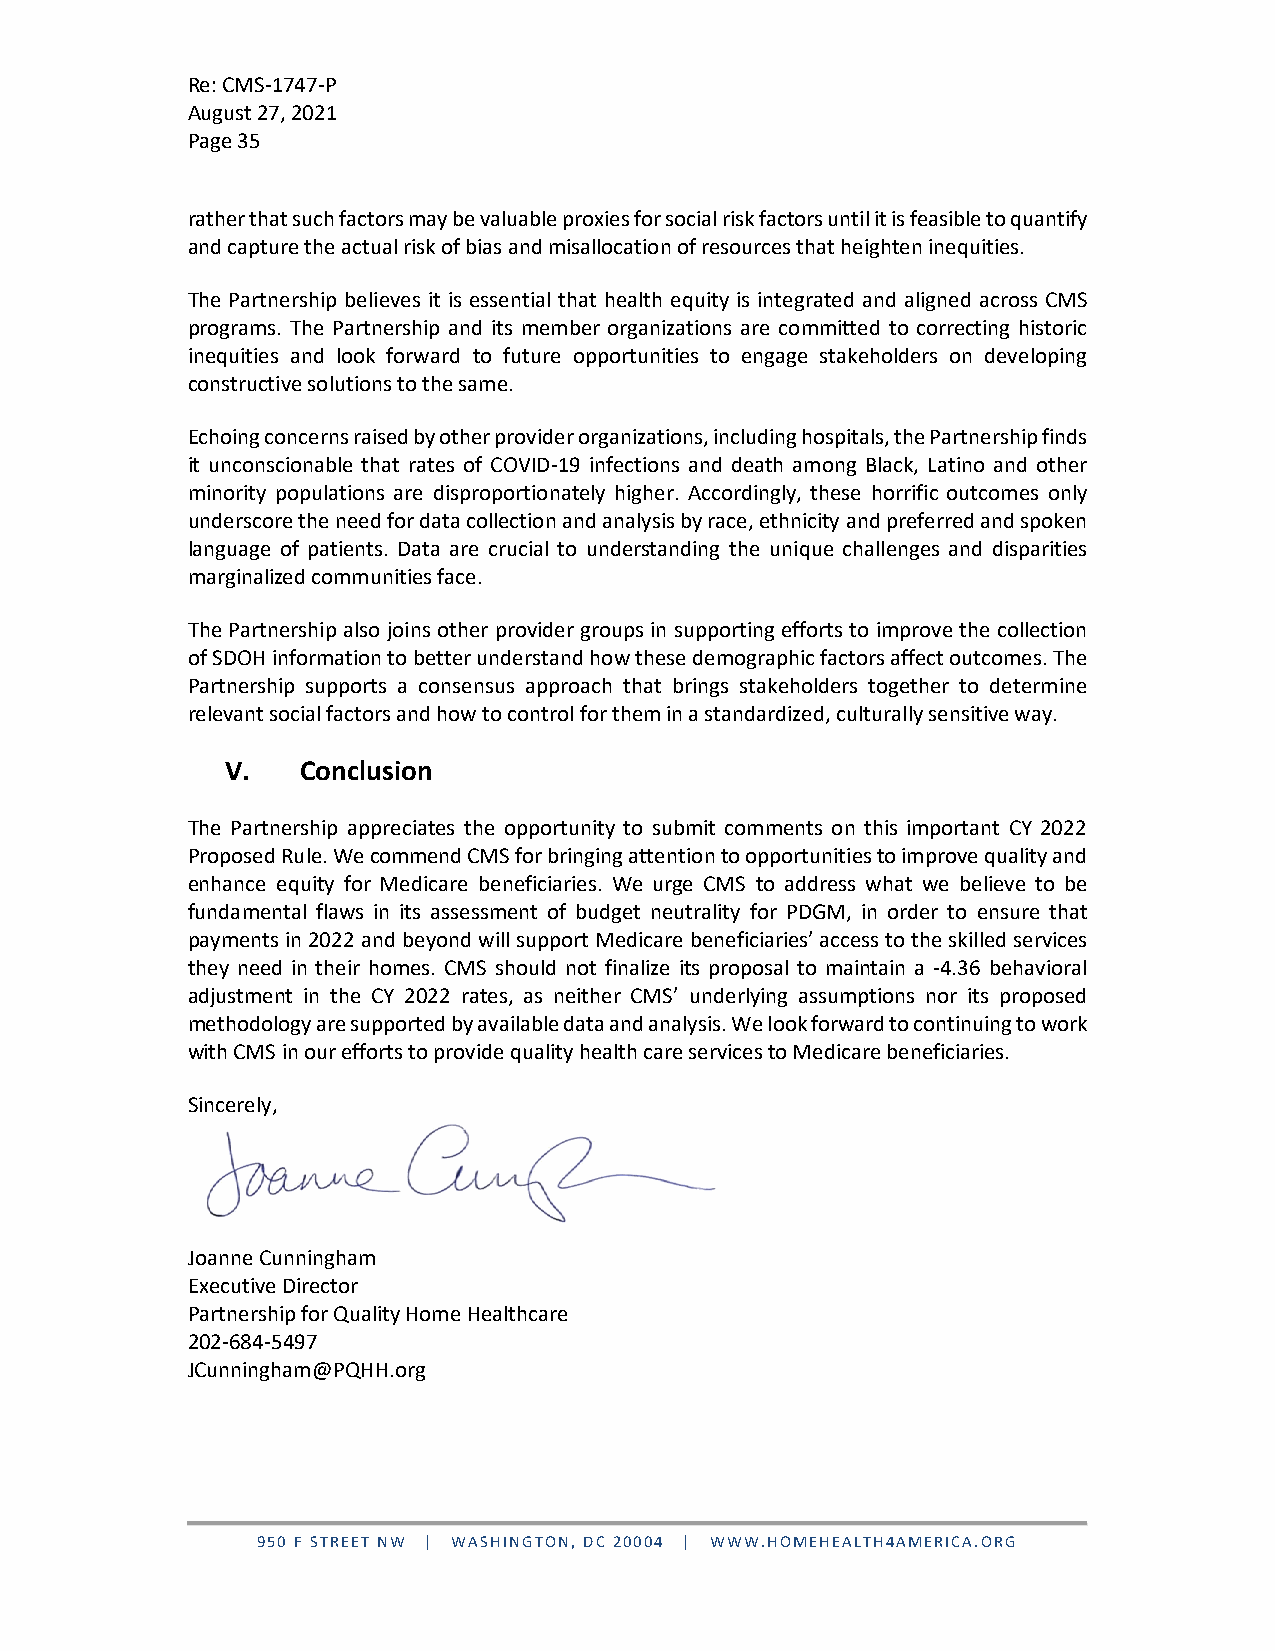
Re: CMS-1747-P
 August 27, 2021
 Page 35
 rather that such factors may be valuable proxies for social risk factors until it is feasible to quantify
 and capture the actual risk of bias and misallocation of resources that heighten inequities.
 The Partnership believes it is essential that health equity is integrated and aligned across CMS
 programs. The Partnership and its member organizations are committed to correcting historic
 inequities and look forward to future opportunities to engage stakeholders on developing
 constructive solutions to the same.
 Echoing concerns raised by other provider organizations, including hospitals, the Partnership finds
 it unconscionable that rates of COVID-19 infections and death among Black, Latino and other
 minority populations are disproportionately higher. Accordingly, these horrific outcomes only
 underscore the need for data collection and analysis by race, ethnicity and preferred and spoken
 language of patients. Data are crucial to understanding the unique challenges and disparities
 marginalized communities face.
 The Partnership also joins other provider groups in supporting efforts to improve the collection
 of SDOH information to better understand how these demographic factors affect outcomes. The
 Partnership supports a consensus approach that brings stakeholders together to determine
 relevant social factors and how to control for them in a standardized, culturally sensitive way.
 V.   Conclusion
 The Partnership appreciates the opportunity to submit comments on this important CY 2022
 Proposed Rule. We commend CMS for bringing attention to opportunities to improve quality and
 enhance equity for Medicare beneficiaries. We urge CMS to address what we believe to be
 fundamental flaws in its assessment of budget neutrality for PDGM, in order to ensure that
 payments in 2022 and beyond will support Medicare beneficiaries’ access to the skilled services
 they need in their homes. CMS should not finalize its proposal to maintain a -4.36 behavioral
 adjustment in the CY 2022 rates, as neither CMS’ underlying assumptions nor its proposed
 methodology are supported by available data and analysis. We look forward to continuing to work
 with CMS in our efforts to provide quality health care services to Medicare beneficiaries.
 Sincerely,
 Joanne Cunningham
 Executive Director
 Partnership for Quality Home Healthcare
 202-684-5497
 JCunningham@PQHH.org
 950 F STREET NW | WASHINGTON, DC 20004 | WWW.HOMEHEALTH4AMERICA.ORG